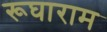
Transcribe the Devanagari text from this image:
रूघाराम